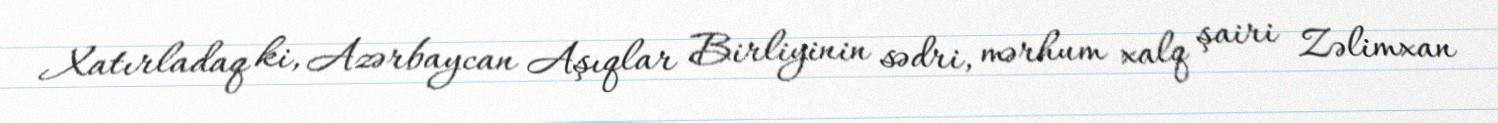
Xatırladaq ki, Azərbaycan Aşıqlar Birliyinin sədri, mərhum xalq şairi Zəlimxan